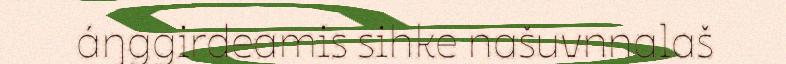
áŋggirdeamis sihke našuvnnalaš